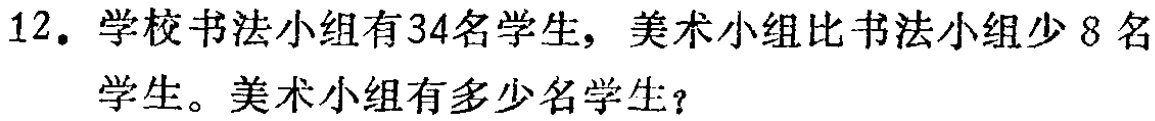
12. 学校书法小组有34名学生，美术小组比书法小组少8名

  学生。美术小组有多少名学生？